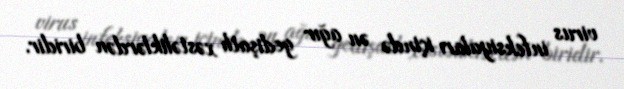
virus infeksiyaları içində ən ağır gedişatlı xəstəliklərdən biridir.